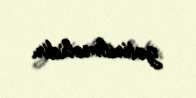
gətirilməlidir.